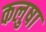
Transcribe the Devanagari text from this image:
कलुषा